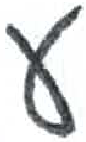
אות: ע